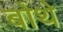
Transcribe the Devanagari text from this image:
बोथे